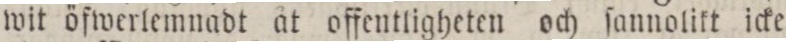
wit öfwerlemnadt åt offentligheten och ſannolikt icke